65_HS1-834228961_62-HQ-83894_Serial_130
Agency: FBI
Page 6
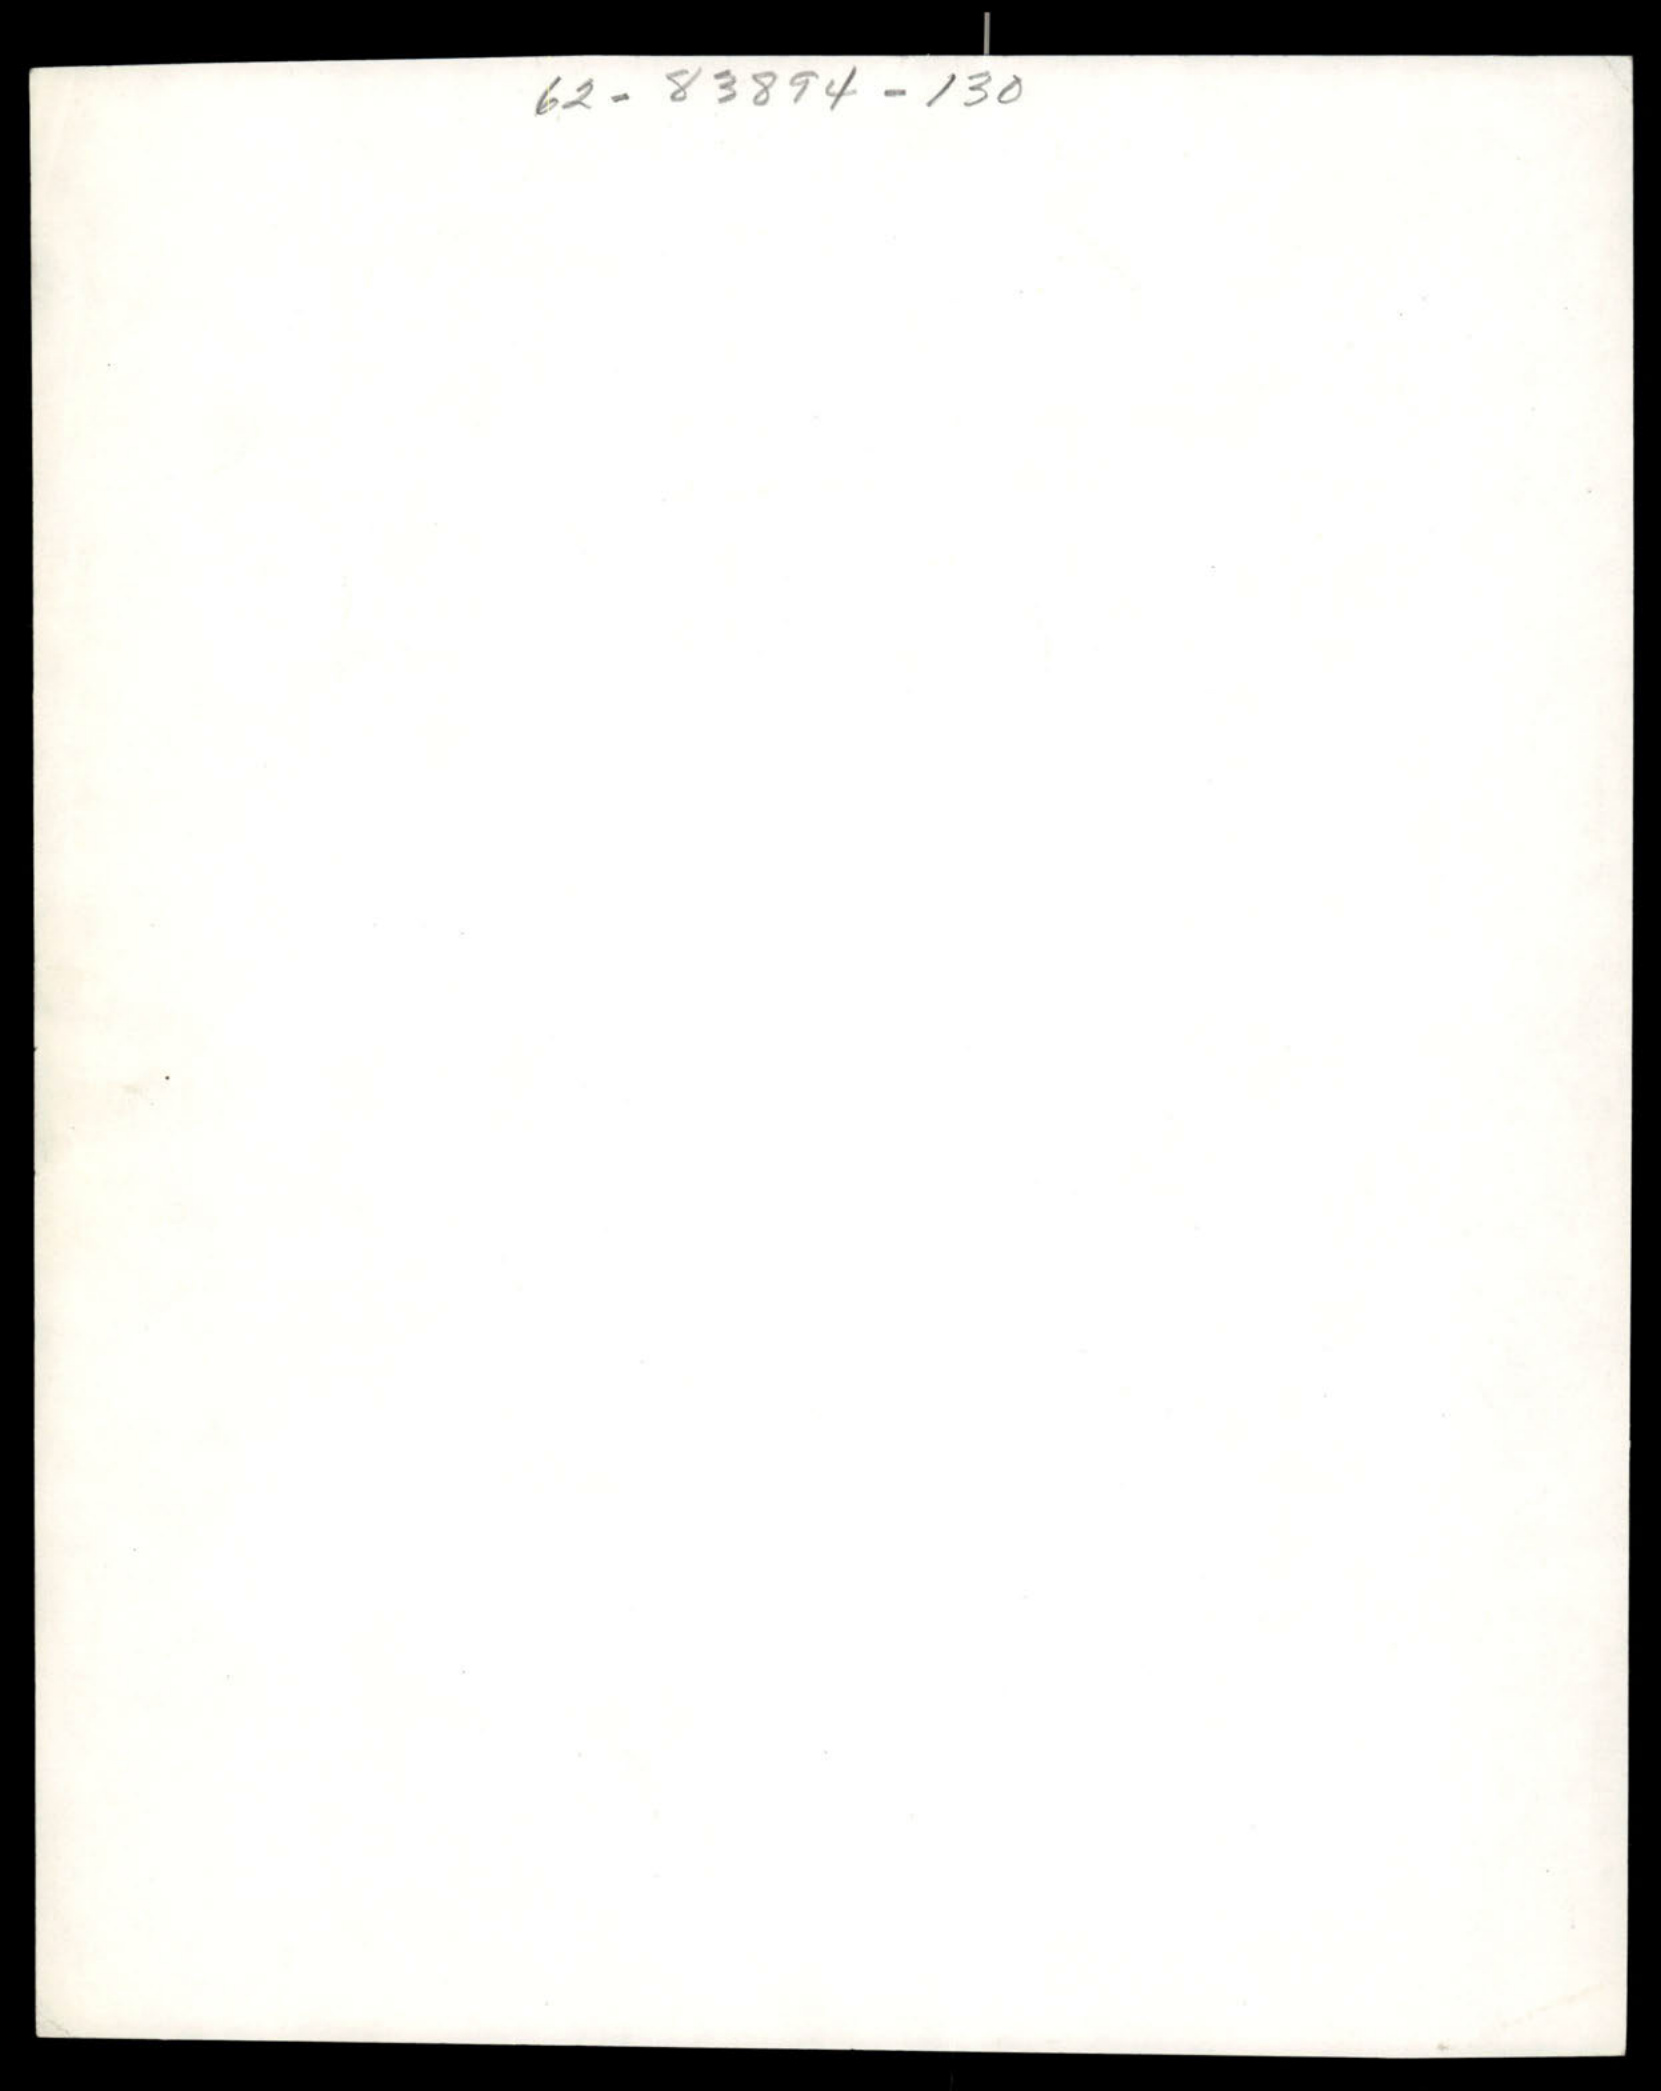